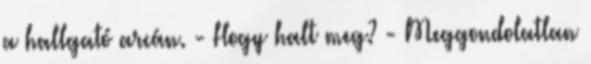
a hallgató arcán. - Hogy halt meg? - Meggondolatlan